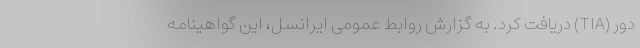
دور (TIA) دریافت کرد. به گزارش روابط عمومی ایرانسل، این گواهینامه